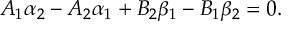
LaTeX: A _ { 1 } \alpha _ { 2 } - A _ { 2 } \alpha _ { 1 } + B _ { 2 } \beta _ { 1 } - B _ { 1 } \beta _ { 2 } = 0 .